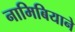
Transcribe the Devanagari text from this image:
नामिबियाने